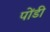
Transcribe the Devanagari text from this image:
पोंडी